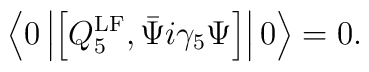
\left\langle 0 \left\vert \left[  Q_5^{\rm LF},                                  \bar\Psi i\gamma_5 \Psi \right]  \right\vert 0 \right\rangle =0.